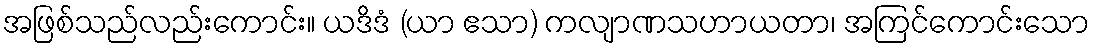
အဖြစ်သည်လည်းကောင်း။ ယဒိဒံ (ယာ ဧသာ) ကလျာဏသဟာယတာ၊ အကြင်ကောင်းသော